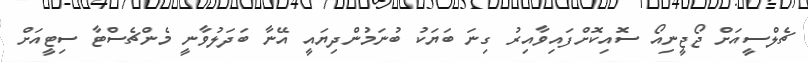
ޗެލްސީއަށް ޖޯޖީނިއޯ ސޮއިކޮށްފައިވާއިރު ގިނަ ބަޔަކު ބުނަމުންދިޔައީ އޭނާ ބަދަލުވާނީ މެންޗެސްޓާ ސިޓީއަށް